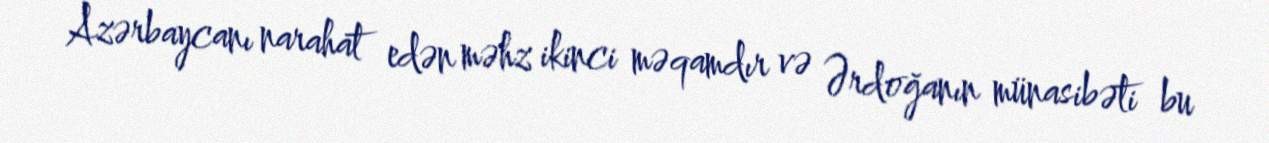
Azərbaycanı narahat edən məhz ikinci məqamdır və Ərdoğanın münasibəti bu